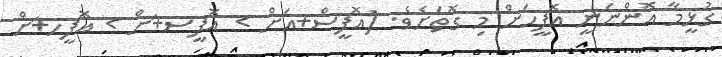
ގުޅީމާ އޮންނަނީ އޮފީހަށް މި ގޮތަށެވެ. (އޮފީސް+އަށް > އޮފީސ+ަށް > އޮފީހ+ަށް